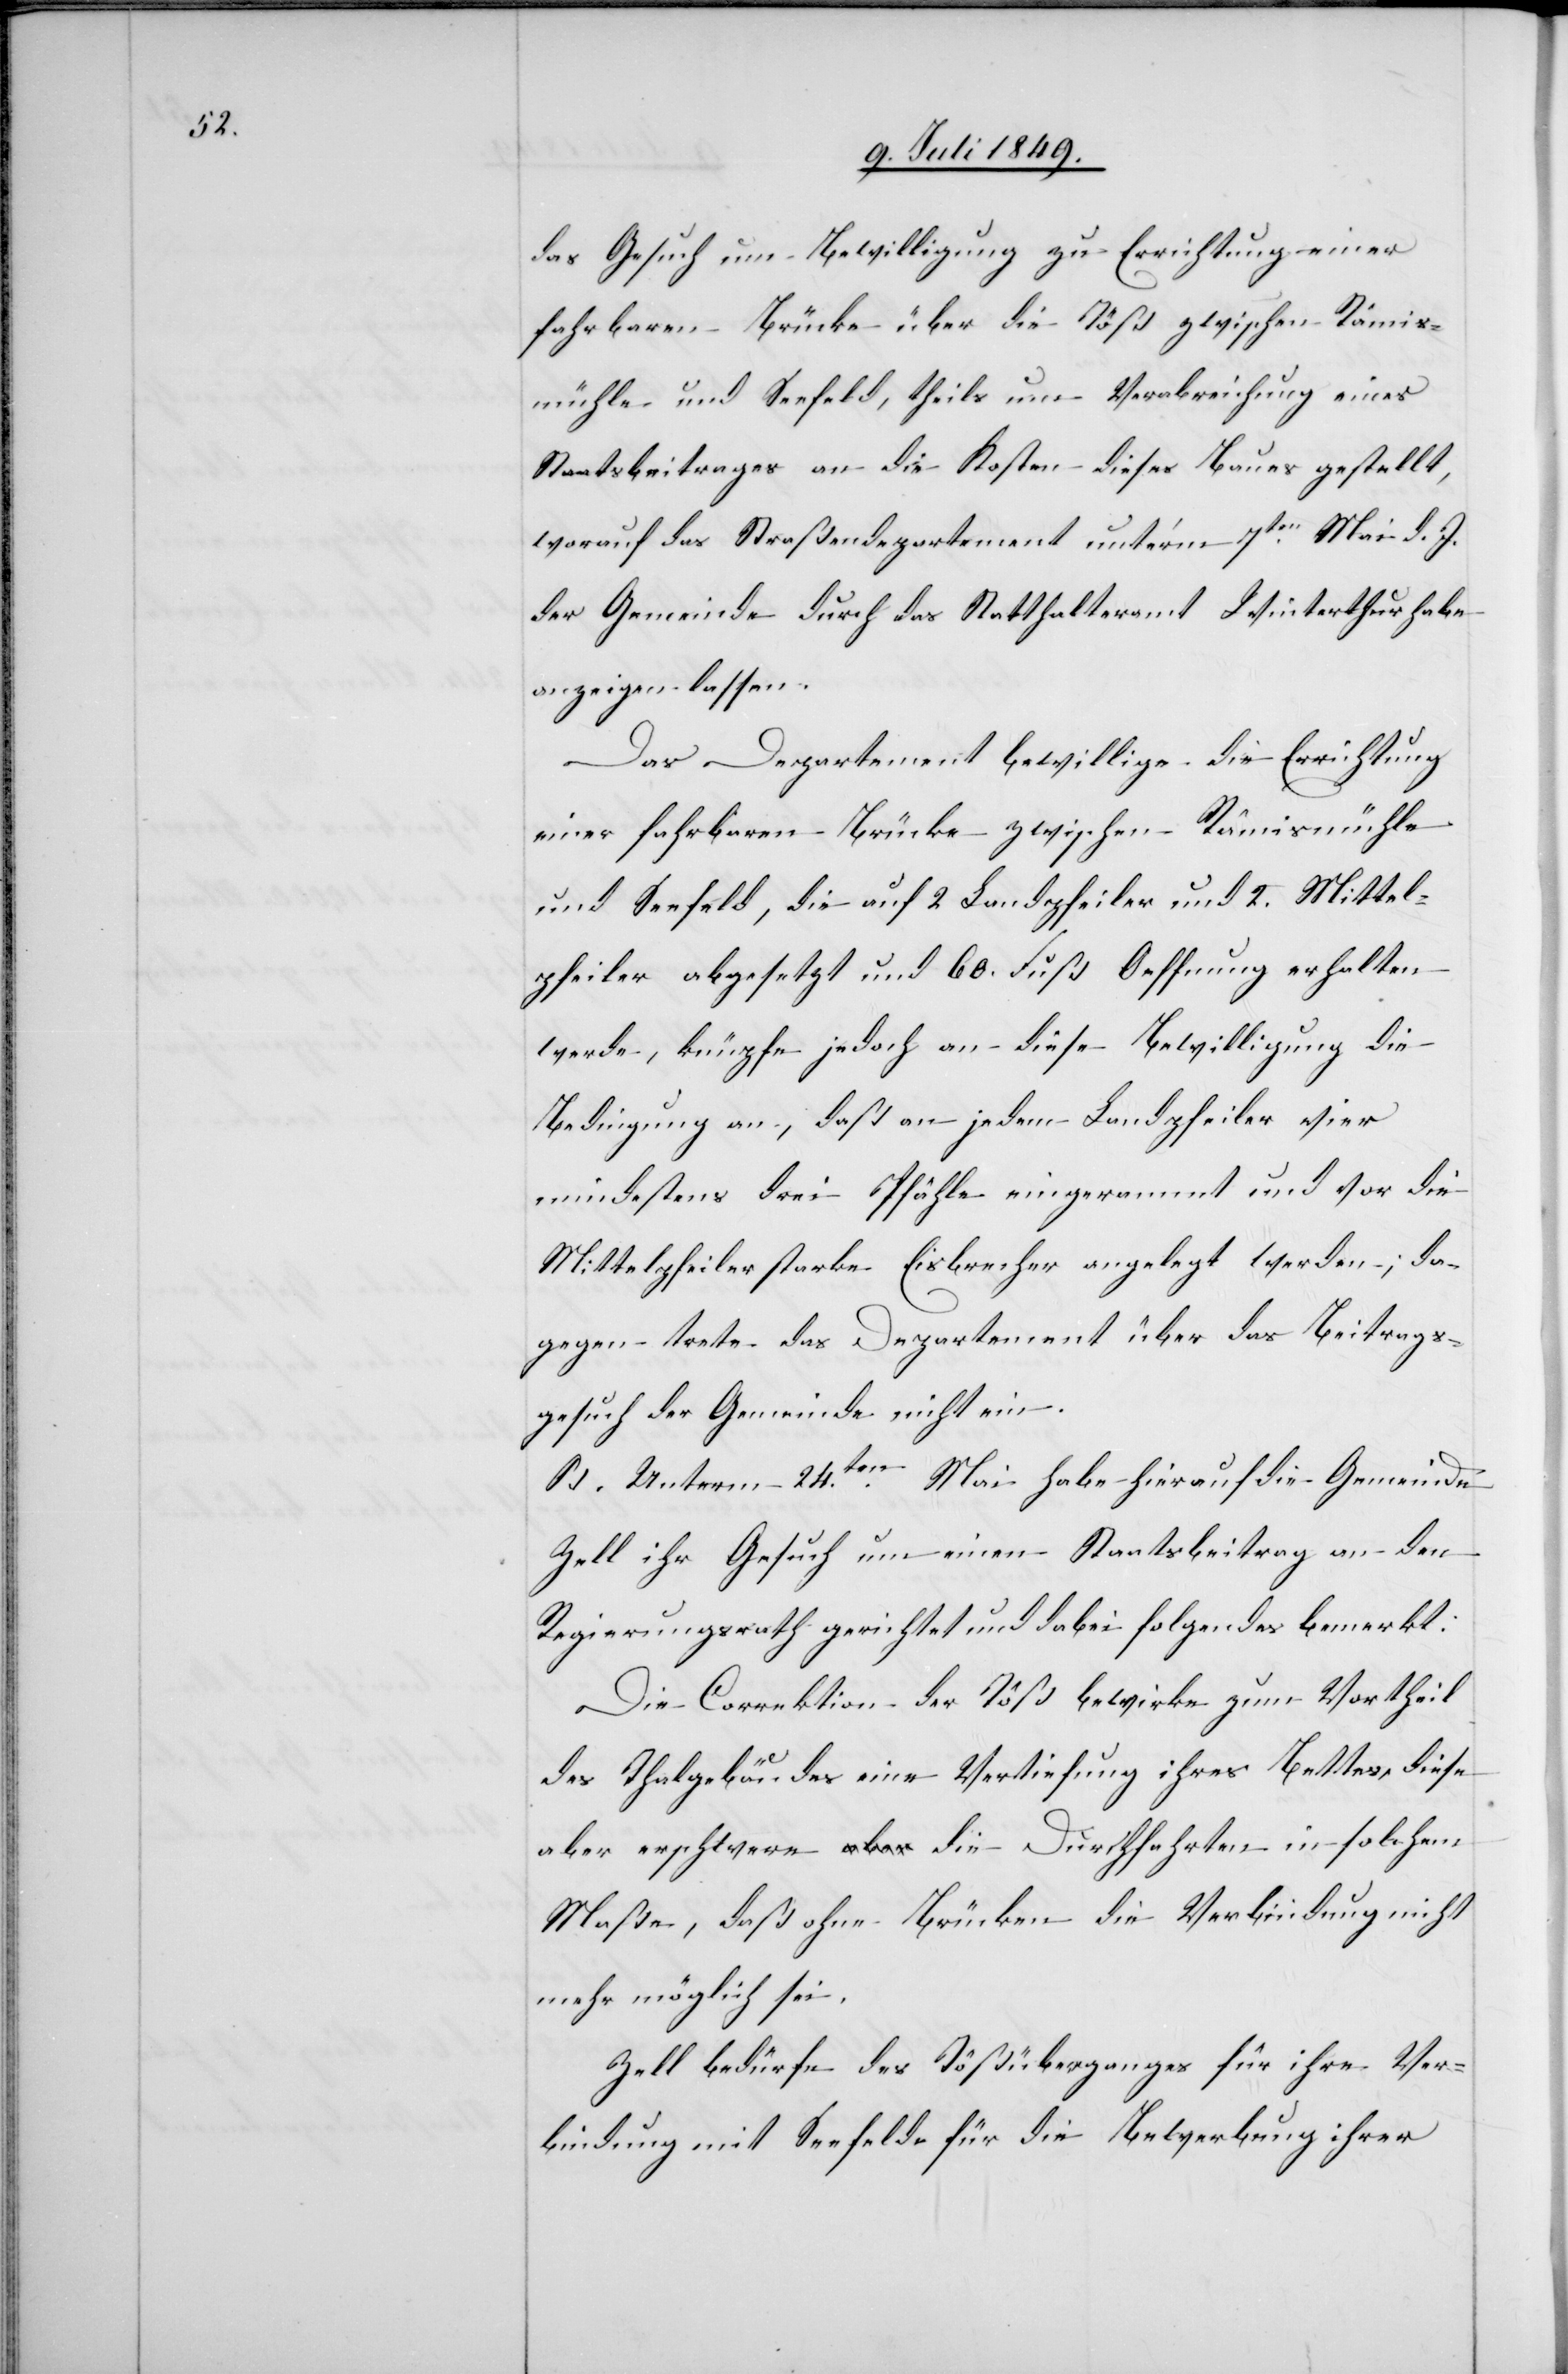
das Gesuch um Bewilligung zu Errichtung einer
fahrbaren Brücke über die Töß zwischen Rämis¬
mühle und Seefeld, theils um Verabreichung eines
Staatsbeitrages an die Kosten dieses Baues gestellt,
worauf das Straßendepartement unter’m 7ten Mai d. J.
der Gemeinde durch das Statthalteramt Winterthur habe
anzeigen lassen.
Das Departement bewillige die Errichtung
einer fahrbaren Brücke zwischen Rämismühle
und Seefeld, die auf 2. Landpfeiler und 2. Mittel¬
pfeiler abgesetzt und 60. Fuß Oeffnung erhalten
werde, knüpfe jedoch an diese Bewilligung die
Bedingung an, daß an jedem Landpfeiler vier[,]
mindestens drei Pfähle eingerammt und vor die
Mittelpfeiler starke Eisbrecher angelegt werden; da¬
gegen trete das Departement über das Beitrags¬
gesuch der Gemeinde nicht ein.
B. Unterm 24ten Mai habe hierauf die Gemeinde
Zell ihr Gesuch um einen Staatsbeitrag an den
Regierungsrath gerichtet und dabei folgendes bemerkt:
Die Correktion der Töß bewirke zum Vortheil
des Thalgebäudes eine Vertiefung ihres Bettes, diese
aber erschwere die Durchfahrten in solchem
Maße, daß ohne Brücken die Verbindung nicht
mehr möglich sei.
Zell bedürfe des Tößüberganges für ihre Ver¬
bindung mit Seefelde für die Bewerbung ihrer